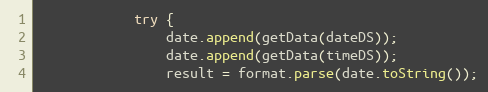
Language: Java
			try {
				date.append(getData(dateDS));
				date.append(getData(timeDS));
				result = format.parse(date.toString());